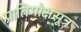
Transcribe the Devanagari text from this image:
प्रातिमोक्षसूत्र